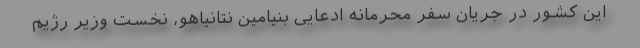
این کشور در جریان سفر محرمانه ادعایی بنیامین نتانیاهو، نخست وزیر رژیم